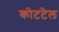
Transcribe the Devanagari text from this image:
कोटटेल